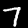
Label: 7